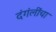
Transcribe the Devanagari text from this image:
दंगंलींचा